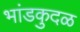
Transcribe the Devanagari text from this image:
भांडकुदळ